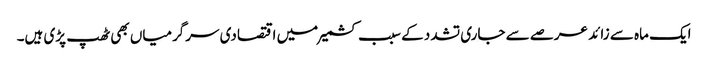
ایک ماہ سے زائد عرصے سے جاری تشدد کے سبب کشمیر میں اقتصادی سرگرمیاں بھی ٹھپ پڑی ہیں۔